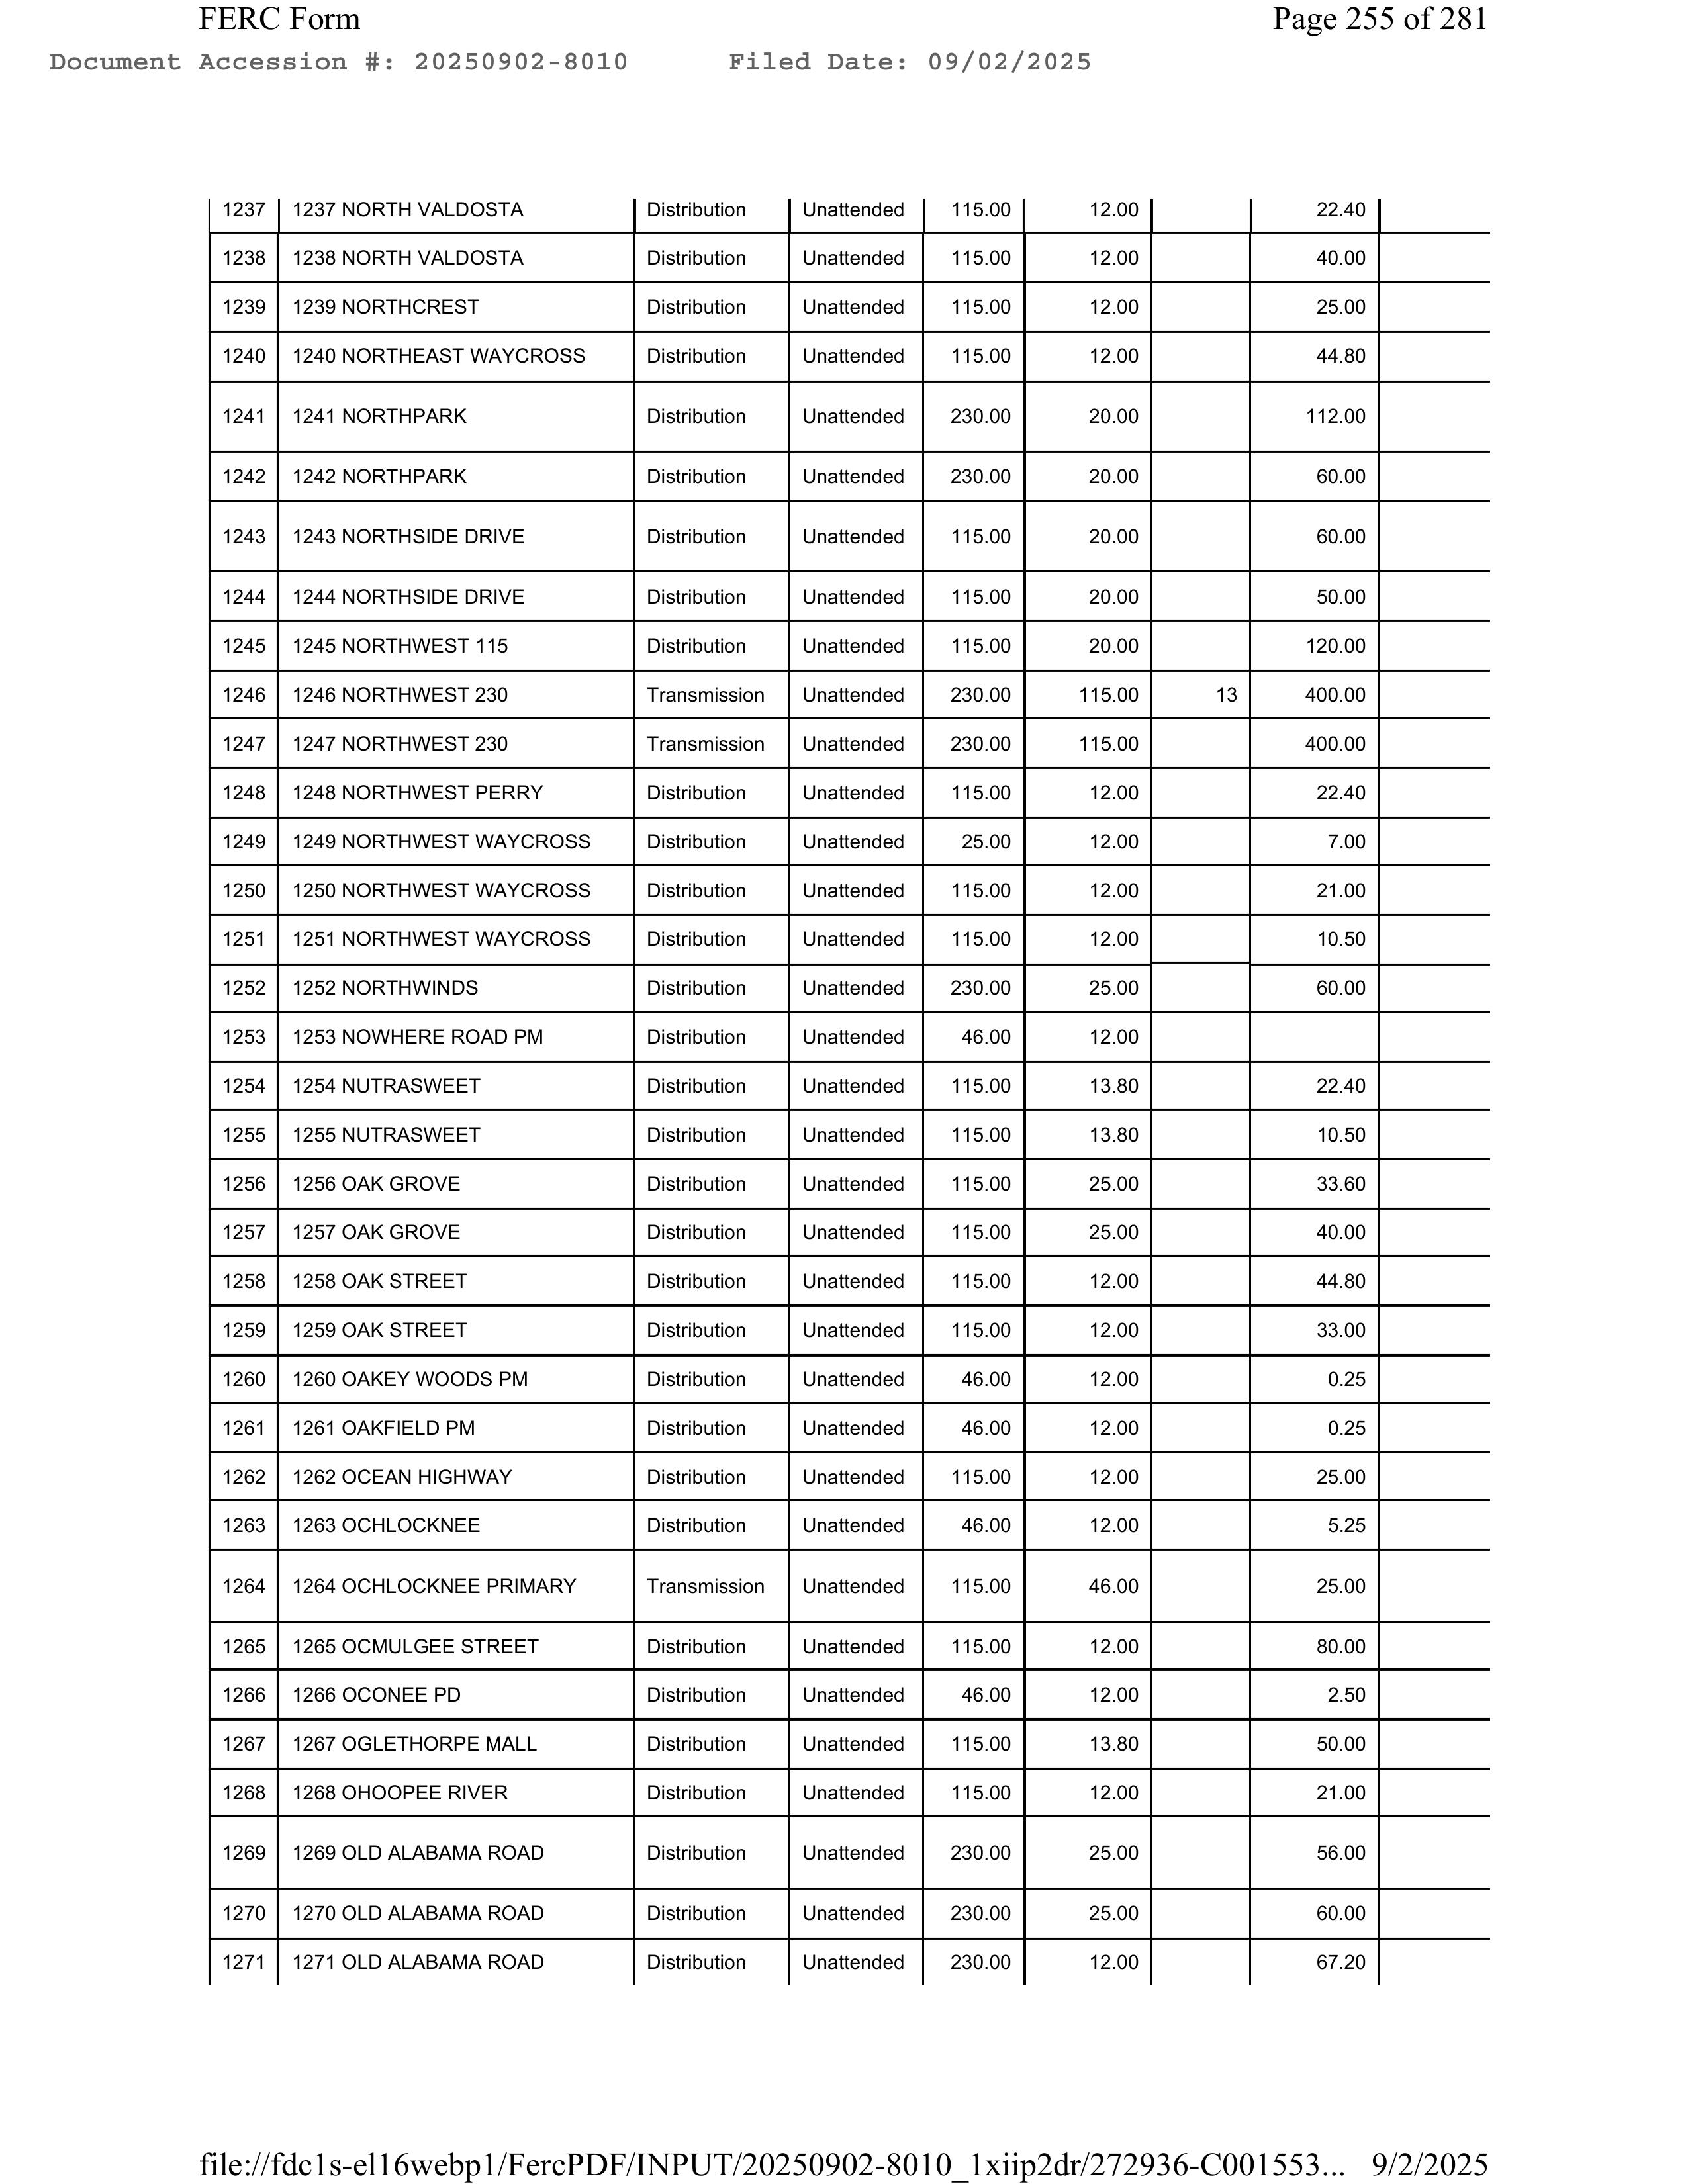
FERC Form                                                                                      Page 255 of 281
Document Accession #: 20250902-8010       Filed Date: 09/02/2025

| 1237 | 1237 NORTH VALDOSTA        | Distribution   | Unattended  | 115.00  | 12.00   |         | 22.40  |
| 1238 | 1238 NORTH VALDOSTA        | Distribution   | Unattended  | 115.00  | 12.00   |         | 40.00  |
| 1239 | 1239 NORTHCREST           | Distribution   | Unattended  | 115.00  | 12.00   |         | 25.00  |
| 1240 | 1240 NORTHEAST WAYCROSS   | Distribution   | Unattended  | 115.00  | 12.00   |         | 44.80  |
| 1241 | 1241 NORTHPARK            | Distribution   | Unattended  | 230.00  | 20.00   |         | 112.00 |
| 1242 | 1242 NORTHPARK            | Distribution   | Unattended  | 230.00  | 20.00   |         | 60.00  |
| 1243 | 1243 NORTHSIDE DRIVE      | Distribution   | Unattended  | 115.00  | 20.00   |         | 60.00  |
| 1244 | 1244 NORTHSIDE DRIVE      | Distribution   | Unattended  | 115.00  | 20.00   |         | 50.00  |
| 1245 | 1245 NORTHWEST 115        | Distribution   | Unattended  | 115.00  | 20.00   |         | 120.00 |
| 1246 | 1246 NORTHWEST 230        | Transmission   | Unattended  | 230.00  | 115.00  | 13      | 400.00 |
| 1247 | 1247 NORTHWEST 230        | Transmission   | Unattended  | 230.00  | 115.00  |         | 400.00 |
| 1248 | 1248 NORTHWEST PERRY      | Distribution   | Unattended  | 115.00  | 12.00   |         | 22.40  |
| 1249 | 1249 NORTHWEST WAYCROSS   | Distribution   | Unattended  | 25.00   | 12.00   |         | 7.00   |
| 1250 | 1250 NORTHWEST WAYCROSS   | Distribution   | Unattended  | 115.00  | 12.00   |         | 21.00  |
| 1251 | 1251 NORTHWEST WAYCROSS   | Distribution   | Unattended  | 115.00  | 12.00   |         | 10.50  |
| 1252 | 1252 NORTHWINDS           | Distribution   | Unattended  | 230.00  | 25.00   |         | 60.00  |
| 1253 | 1253 NOWHERE ROAD PM      | Distribution   | Unattended  | 46.00   | 12.00   |         |        |
| 1254 | 1254 NUTRASWEET           | Distribution   | Unattended  | 115.00  | 13.80   |         | 22.40  |
| 1255 | 1255 NUTRASWEET           | Distribution   | Unattended  | 115.00  | 13.80   |         | 10.50  |
| 1256 | 1256 OAK GROVE            | Distribution   | Unattended  | 115.00  | 25.00   |         | 33.60  |
| 1257 | 1257 OAK GROVE            | Distribution   | Unattended  | 115.00  | 25.00   |         | 40.00  |
| 1258 | 1258 OAK STREET           | Distribution   | Unattended  | 115.00  | 12.00   |         | 44.80  |
| 1259 | 1259 OAK STREET           | Distribution   | Unattended  | 115.00  | 12.00   |         | 33.60  |
| 1260 | 1260 OAKEY WOODS PM       | Distribution   | Unattended  | 46.00   | 12.00   |         | 0.25   |
| 1261 | 1261 OAKFIELD PM          | Distribution   | Unattended  | 46.00   | 12.00   |         | 0.25   |
| 1262 | 1262 OCEAN HIGHWAY        | Distribution   | Unattended  | 115.00  | 12.00   |         | 25.00  |
| 1263 | 1263 OCHLOCKNEE           | Distribution   | Unattended  | 46.00   | 12.00   |         | 5.25   |
| 1264 | 1264 OCHLOCKNEE PRIMARY   | Transmission   | Unattended  | 115.00  | 46.00   |         | 25.00  |
| 1265 | 1265 OCMULGEE STREET      | Distribution   | Unattended  | 115.00  | 12.00   |         | 80.00  |
| 1266 | 1266 OCONEE PD            | Distribution   | Unattended  | 46.00   | 12.00   |         | 2.50   |
| 1267 | 1267 OGLETHORPE MALL      | Distribution   | Unattended  | 115.00  | 13.80   |         | 50.00  |
| 1268 | 1268 OHOOPEE RIVER        | Distribution   | Unattended  | 115.00  | 12.00   |         | 21.00  |
| 1269 | 1269 OLD ALABAMA ROAD     | Distribution   | Unattended  | 230.00  | 25.00   |         | 56.00  |
| 1270 | 1270 OLD ALABAMA ROAD     | Distribution   | Unattended  | 230.00  | 25.00   |         | 60.00  |
| 1271 | 1271 OLD ALABAMA ROAD     | Distribution   | Unattended  | 230.00  | 12.00   |         | 67.20  |

file://fdc1s-el16webp1/FercPDF/INPUT/20250902-8010_1xiip2dr/272936-C001553...  9/2/2025